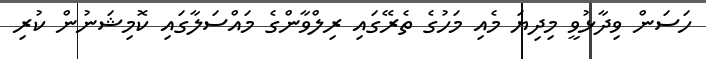
ހަސަން ވިދާޅުވީ މިދިޔަ މެއި މަހުގެ ތެރޭގައި ރިލްވާންގެ މައްސަލާގައި ކޮމިޝަނުން ކުރި